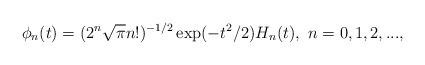
LaTeX: \begin{align*}\phi_{n}(t)=(2^{n}\sqrt{\pi}n!)^{-1/2}\exp(-t^{2}/2)H_{n}(t),\ n=0,1,2,...,\end{align*}